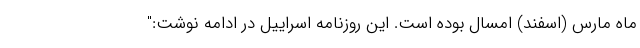
ماه مارس (اسفند) امسال بوده است. این روزنامه اسراییل در ادامه نوشت:"